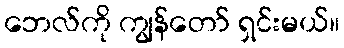
ဘေလ်ကို ကျွန်တော် ရှင်းမယ်။